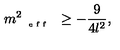
m _ { \textrm { { \tiny { e f f } } } } ^ { 2 } \geq - \frac { 9 } { 4 l ^ { 2 } } ,